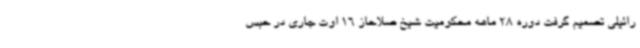
رائیلی تصمیم گرفت دوره 28 ماهه محکومیت شیخ صلاحاز 16 اوت جاری در حبس